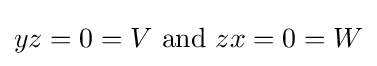
yz=0=V{\text{ and }}zx=0=W